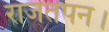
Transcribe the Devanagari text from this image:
राजतपन।